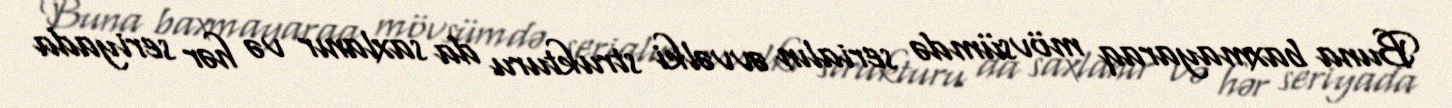
Buna baxmayaraq mövsümdə serialın əvvəlki strukturu da saxlanır və hər seriyada